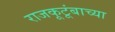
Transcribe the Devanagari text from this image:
राजकूटूंबाच्या